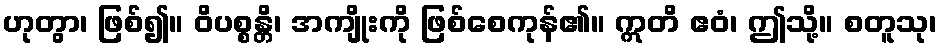
ဟုတွာ၊ ဖြစ်၍။ ဝိပစ္စန္တိ၊ အကျိုးကို ဖြစ်စေကုန်၏။ ဣတိ ဧဝံ၊ ဤသို့။ စတူသု၊